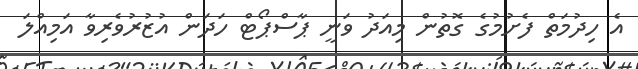
އެ ހިދުމަތް ފެށުމުގެ ގޮތުން މިއަދު ވަނީ ޕާސްޕޯޓް ހަދަން އުޒުރުވެރިވާ އަމިއްލަ